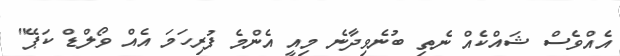
އެއްވެސް ޝައްކެއް ނެތި ބުނެވިދާނެ މިއީ އެންމެ ފުރިހަމަ އެއް ވޯލްޑް ކަޕޭ"